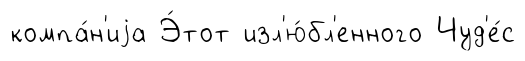
компа́н'иjа Э́тот изл'ю́бл'енного Чуд'е́с